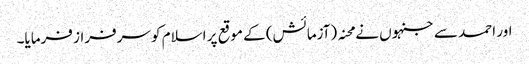
اور احمد سے جنہوں نے محنہ (آزمائش) کے موقع پر اسلام کو سرفراز فرمایا۔